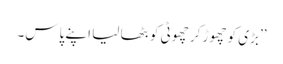
’’بڑی کو چھوڑ کر چھوٹی کو بٹھا لیا اپنے پاس۔